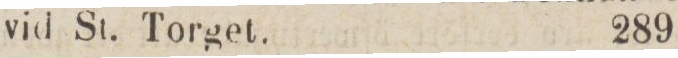
vid St. Torget.    289